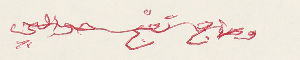
وحاج تعج حوالي